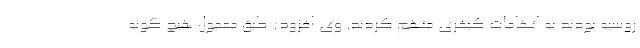
روسیه بودند به اتهامات کیفری متهم کردند. وی افزود: طبق معمول هیچ گونه